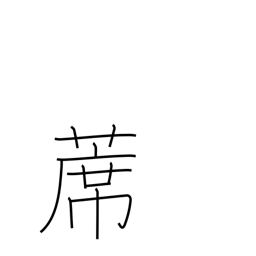
Meaning: straw mat